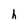
Character: h